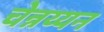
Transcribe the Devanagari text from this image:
चेन्नय्यन